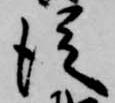
従